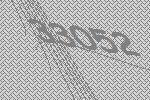
33052